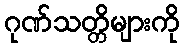
ဂုဏ်သတ္တိများကို